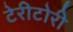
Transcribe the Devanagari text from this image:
टेरीटोरी